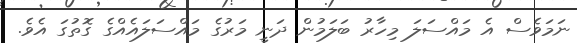
ނަމަވެސް އެ މައްސަލަ މިހާރު ބަލަމުން ދަނީ މަރުގެ މައްސަލައެއްގެ ގޮތުގަ އެވެ.